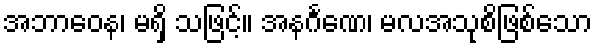
အဘာဝေန၊ မရှိ သဖြင့်။ အနင်္ဂဏေ၊ မလအသုစိဖြစ်သော